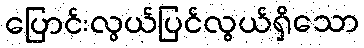
ပြောင်းလွယ်ပြင်လွယ်ရှိသော